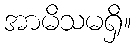
အာမိသမရှိ။